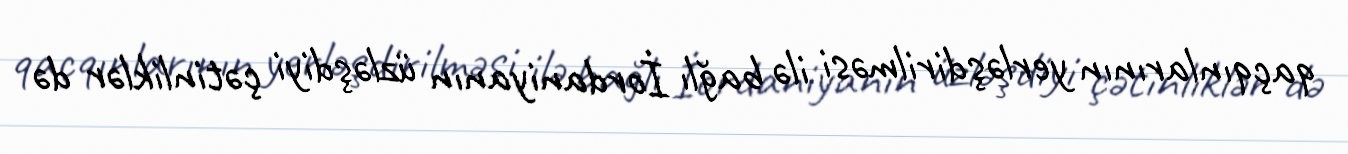
qaçqınlarının yerləşdirilməsi ilə bağlı İordaniyanın üzləşdiyi çətinliklər də